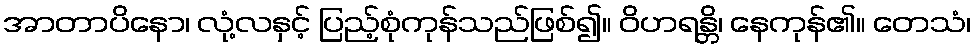
အာတာပိနော၊ လုံ့လနှင့် ပြည့်စုံကုန်သည်ဖြစ်၍။ ဝိဟရန္တိ၊ နေကုန်၏။ တေသံ၊